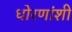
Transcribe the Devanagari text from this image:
धोरणांशी